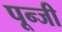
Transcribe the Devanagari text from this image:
पून्जी